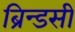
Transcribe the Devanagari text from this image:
ब्रिन्डसी